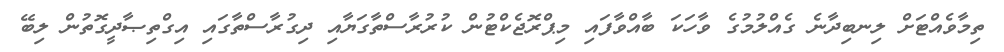
ތިމާވެއްޓަށް ލިނބިދާނެ ގެއްލުމުގެ ވާހަކަ ބާއްވާފައި މިޕްރޮޖެކްޓުން ކުރުރާސްތާގަަޔާއި ދިގުރާސްތާގައި އިގްތިޞާދީގޮތުން ލިބޭ